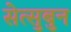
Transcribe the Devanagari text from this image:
सेत्सुबुन